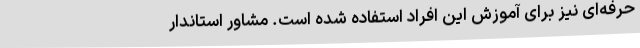
حرفه‌ای نیز برای آموزش این افراد استفاده شده است. مشاور استاندار